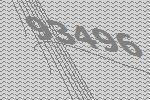
93496